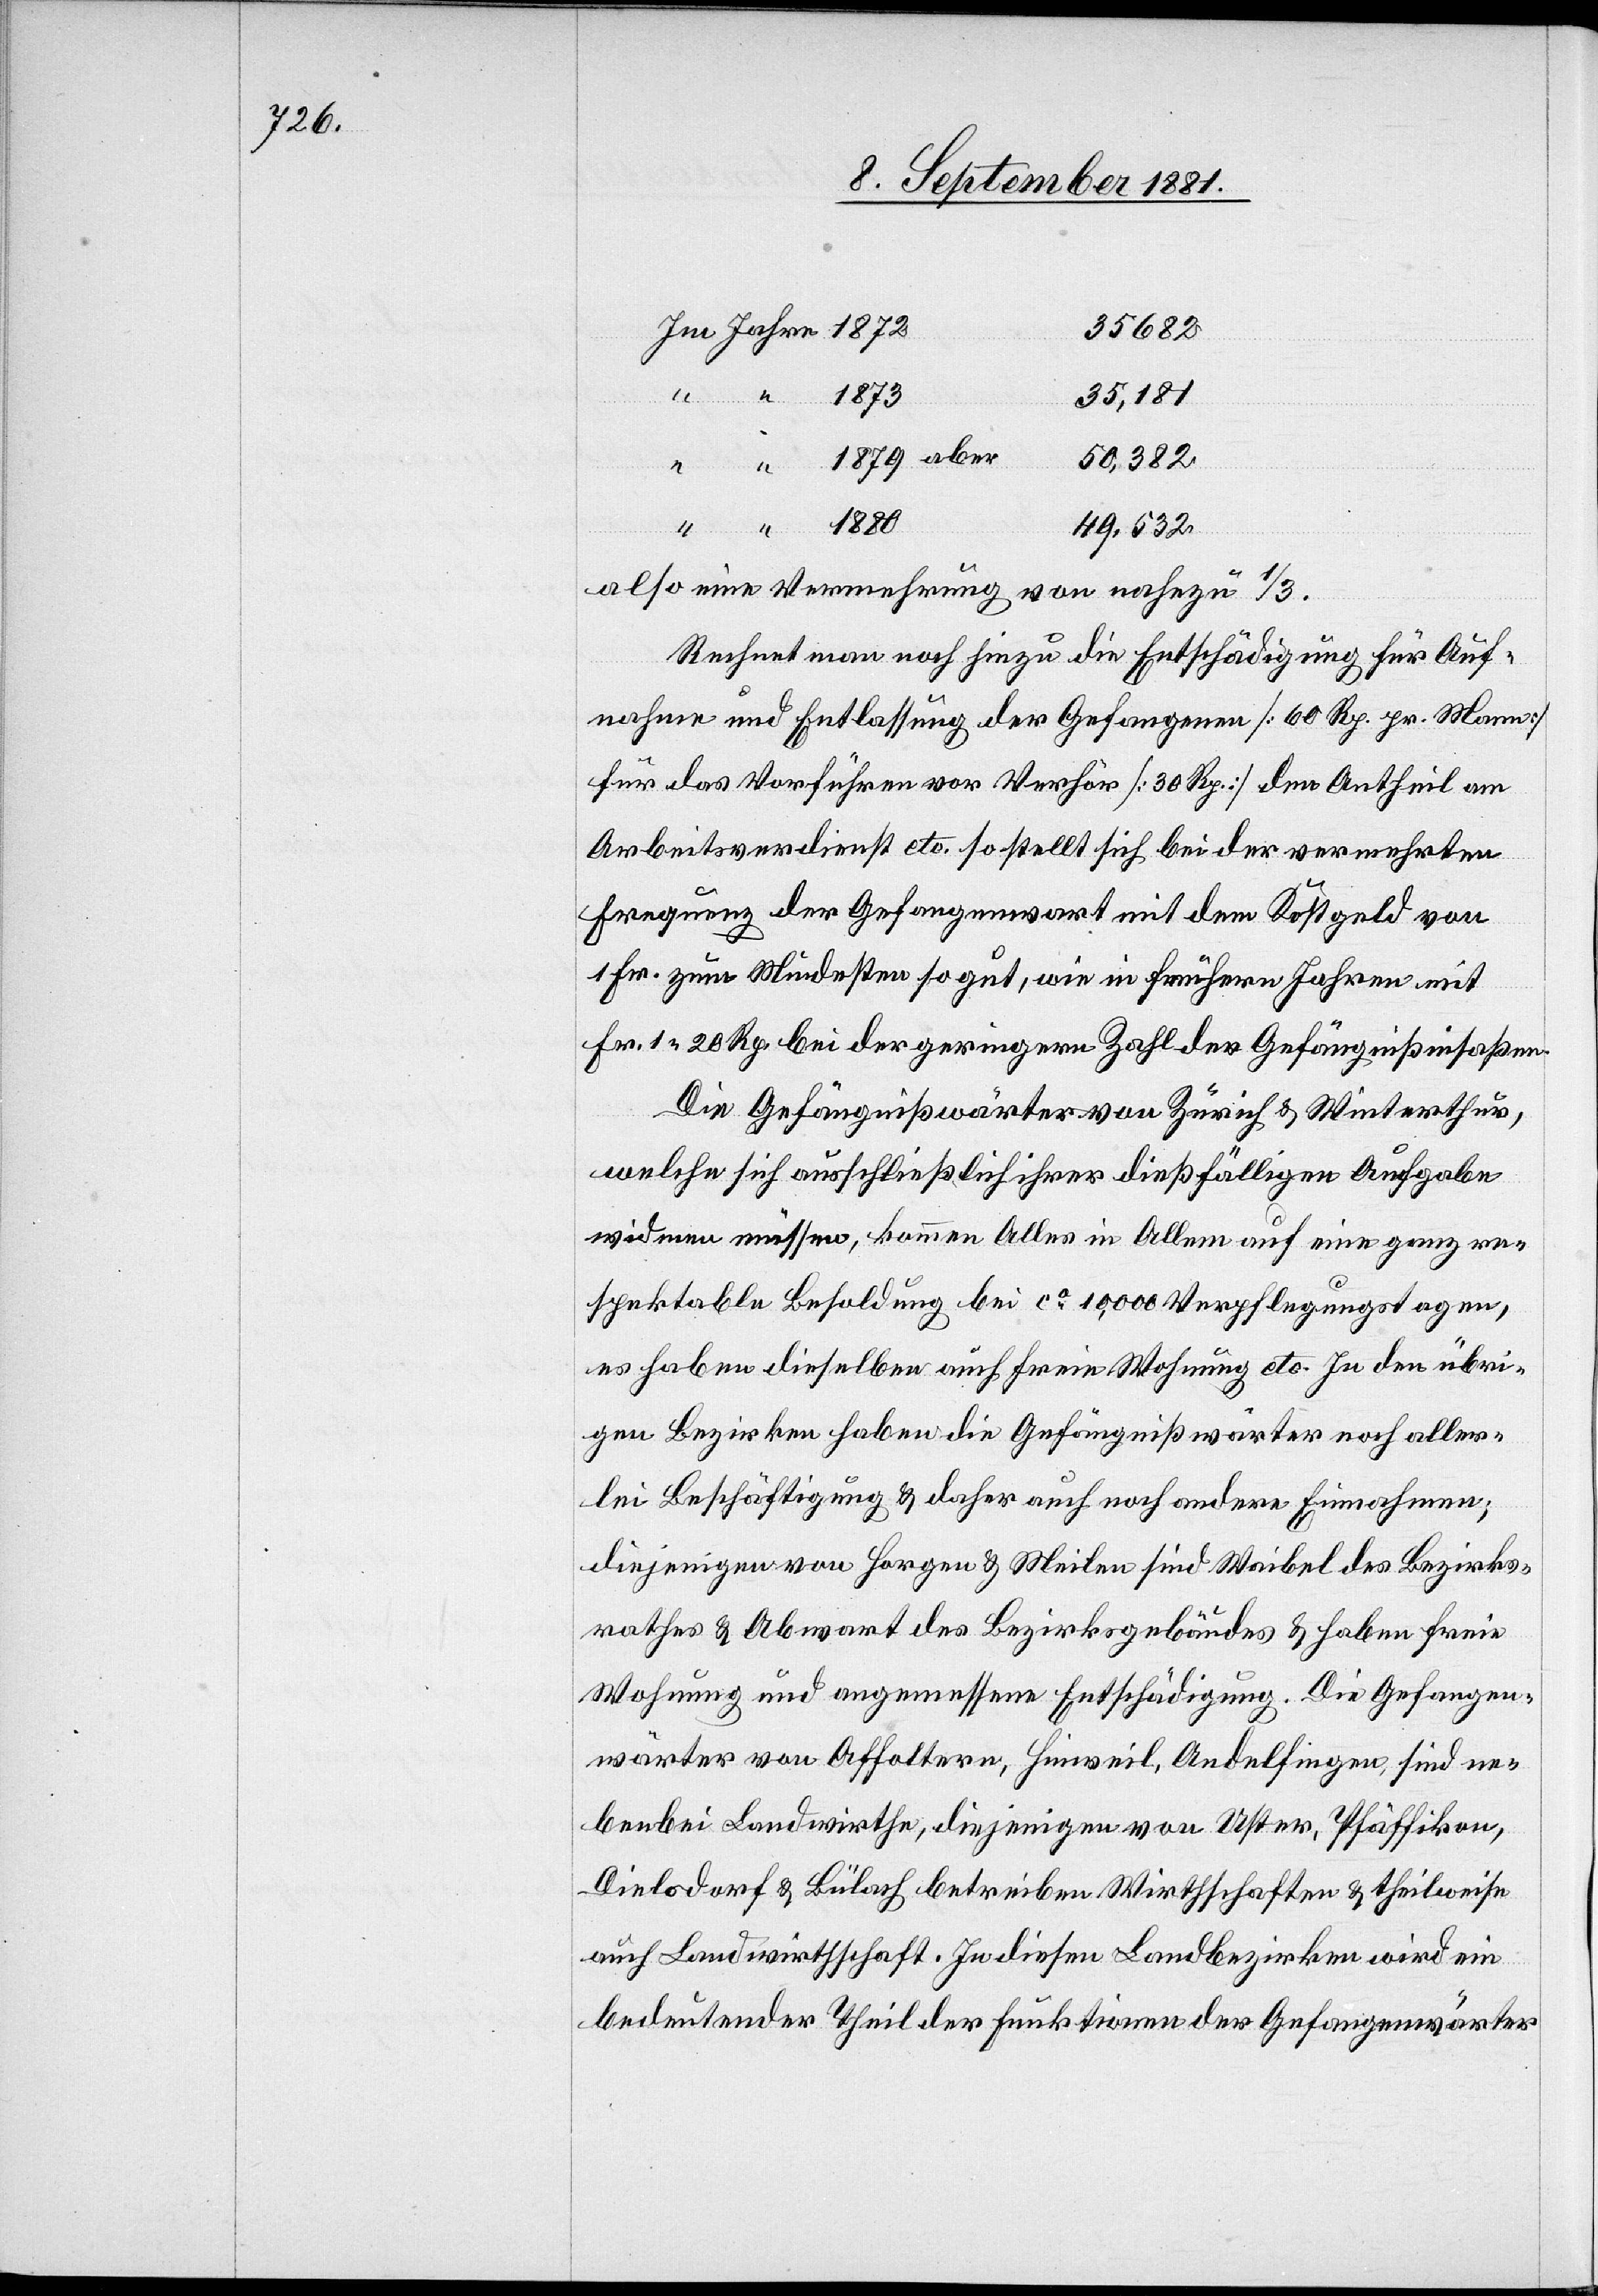
35682
35,181
50,382
1880
49,532
also eine Vermehrung von nahezu 1/3.
Rechnet man noch hinzu die Entschädigung für Auf¬
nahmen und Entlassung der Gefangenen [60 Rp. pr. Mann]
für das Vorführen vor Verhör [30 Rp.] dem Antheil an
Arbeitsverdienst etc. so stellt sich bei der Vermehrten
Frequenz der der Gefangenwart mit dem Kostgeld von
1 Fr. zum Mindesten so gut, wie in frühern Jahren mit
Fr. 1 20 Rp. bei der geringern Zahl der Gefängnißinsaßen.
Die Gefängnißwärter von Zürich & Winterthur,
welche sich ausschließlich ihrer dießfälligen Aufgabe
widmen müssen, kommen Alles in Allem auf eine ganz re¬
spektable Besoldung bei ca 10,000 Verpflegungstagen,
es haben dieselben auch freie Wohnung etc. In den übri¬
gen Bezirken haben die Gefängnißwärter noch aller¬
lei Beschäftigung & daher auch noch andere Einnahmen;
diejenigen von Horgen & Meilen sind Waibel des Bezirks¬
rathes & Abwart des Bezirksgebäudes & haben freie
Wohnung und angemessene Entschädigung. Die Gefangen¬
wärter von Affoltern, Hinweil, Andelfingen, sind ne¬
benbei Landwirthe, diejenigen von Uster, Pfäffikon,
Dielsdorf & Bülach betreiben Wirthschaften & theilweise
auch Landwirthschaft. In diesen Landbezirken wird ein
bedeutender Theil der Funktionen der Gefangenwärter